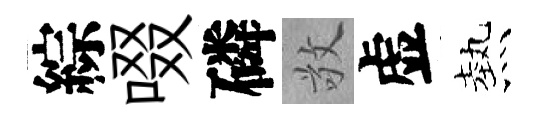
綜啜磷敬虚熱